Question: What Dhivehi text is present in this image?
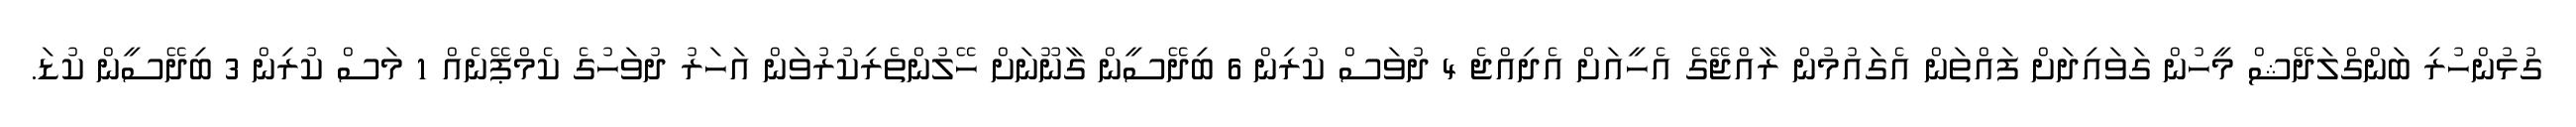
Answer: ގުޅުންހުރި ބަންގްލަދޭޝް މީހުން ގަވައިދަށް ފައްތަން އެގައުމުން ރާއްޖޭގެ އެހީއަށް އެދިއްޖެ 4 ދުވަސް ކުރިން 6 ބިދޭސީން ގާނޫނަށް ހޭލުންތެރިކުރުވަން އަހަރު ދުވަހުގެ ކެމްޕޭނެއް 1 މަސް ކުރިން 3 ބިދޭސީން ކުޑަ.